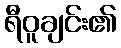
ရီဝူချင်း၏